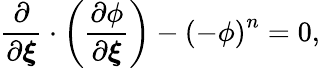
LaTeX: \frac{\partial}{\partial\boldsymbol{\xi}}\cdot\left(\frac{\partial\phi}{\partial\boldsymbol{\xi}}\right)-\left(-\phi\right)^{n}=0,